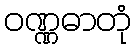
ဝဏ္ဏဓာတုံ